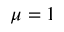
\mu = 1